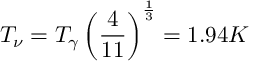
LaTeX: T _ { \nu } = T _ { \gamma } \left( { \frac { 4 } { 1 1 } } \right) ^ { \frac { 1 } { 3 } } = 1 . 9 4 K